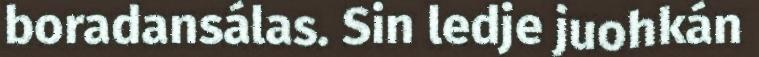
boradansálas. Sin ledje juohkán